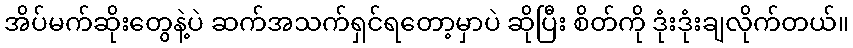
အိပ်မက်ဆိုးတွေနဲ့ပဲ ဆက်အသက်ရှင်ရတော့မှာပဲ ဆိုပြီး စိတ်ကို ဒုံးဒုံးချလိုက်တယ်။